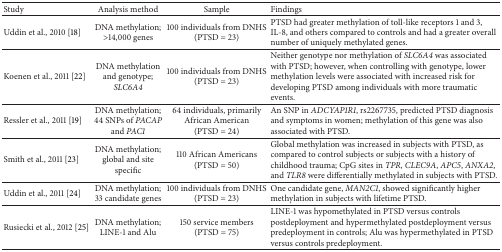
<table><thead><tr><td><b>Study</b></td><td><b>Analysis method</b></td><td><b>Sample</b></td><td><b>Findings</b></td></tr></thead><tbody><tr><td>Uddin et al., 2010 [18]</td><td>DNA methylation;&gt;14,000 genes</td><td>100 individuals from DNHS (PTSD = 23)</td><td>PTSD had greater methylation of toll-like receptors 1 and 3, IL-8, and others compared to controls and had a greater overall number of uniquely methylated genes.</td></tr><tr><td>Koenen et al., 2011 [22]</td><td>DNA methylation and genotype; <i>SLC6A4 </i></td><td>100 individuals from DNHS (PTSD = 23)</td><td>Neither genotype nor methylation of <i>SLC6A4</i> was associated with PTSD; however, when controlling with genotype, lower methylation levels were associated with increased risk for developing PTSD among individuals with more traumatic events.</td></tr><tr><td>Ressler et al., 2011 [19]</td><td>DNA methylation; 44 SNPs of <i>PACAP</i> and <i>PAC1 </i></td><td>64 individuals, primarily African American (PTSD = 24)</td><td>An SNP in <i>ADCYAP1R1</i>, rs2267735, predicted PTSD diagnosis and symptoms in women; methylation of this gene was also associated with PTSD.</td></tr><tr><td>Smith et al., 2011 [23]</td><td>DNA methylation; global and site specific</td><td>110 African Americans (PTSD = 50)</td><td>Global methylation was increased in subjects with PTSD, as compared to control subjects or subjects with a history of childhood trauma; CpG sites in <i>TPR</i>, <i>CLEC9A</i>, <i>APC5</i>, <i>ANXA2</i>, and <i>TLR8</i> were differentially methylated in subjects with PTSD.</td></tr><tr><td>Uddin et al., 2011 [24]</td><td>DNA methylation; 33 candidate genes</td><td>100 individuals from DNHS (PTSD = 23)</td><td>One candidate gene, <i>MAN2C1</i>, showed significantly higher methylation in subjects with lifetime PTSD.</td></tr><tr><td>Rusiecki et al., 2012 [25]</td><td>DNA methylation; LINE-1 and Alu</td><td>150 service members(PTSD = 75)</td><td>LINE-1 was hypomethylated in PTSD versus controls postdeployment and hypermethylated postdeployment versus predeployment in controls; Alu was hypermethylated in PTSD versus controls predeployment.</td></tr></tbody></table>